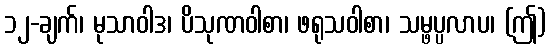
၁၂-ချက်၊ မုသာဝါဒ၊ ပိသုဏဝါစာ၊ ဖရုသဝါစာ၊ သမ္ဖပ္ပလာပ၊ (ဤ)